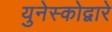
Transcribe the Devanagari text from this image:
युनेस्कोद्वारे